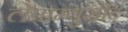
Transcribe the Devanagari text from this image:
लेप्राम्युसीट